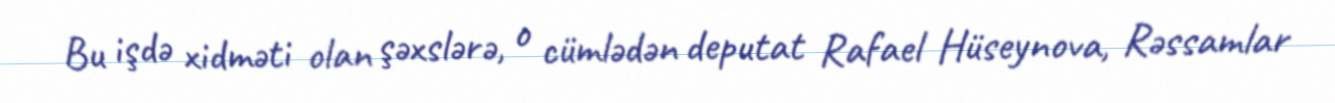
Bu işdə xidməti olan şəxslərə, o cümlədən deputat Rafael Hüseynova, Rəssamlar